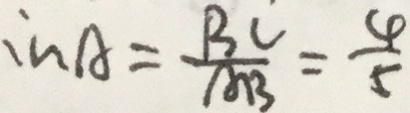
: n A = \frac { B C } { A B } = \frac { 4 } { 5 }